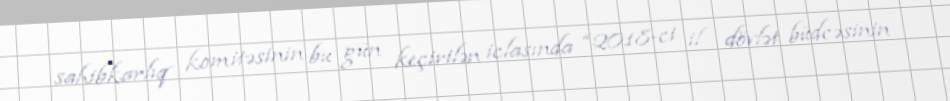
sahibkarlıq komitəsinin bu gün keçirilən iclasında “2018-ci il dövlət büdcəsinin